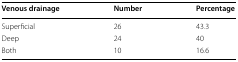
<table><thead><tr><td><b>Venous drainage</b></td><td><b>Number</b></td><td><b>Percentage</b></td></tr></thead><tbody><tr><td>Superficial</td><td>26</td><td>43.3</td></tr><tr><td>Deep</td><td>24</td><td>40</td></tr><tr><td>Both</td><td>10</td><td>16.6</td></tr></tbody></table>